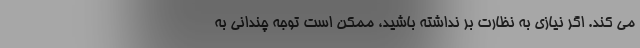
می کند. اگر نیازی به نظارت بر نداشته باشید، ممکن است توجه چندانی به